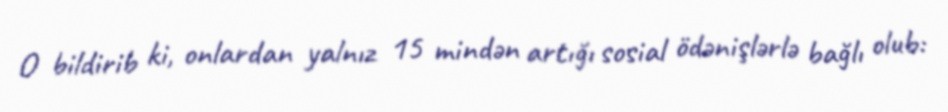
O bildirib ki, onlardan yalnız 15 mindən artığı sosial ödənişlərlə bağlı olub: